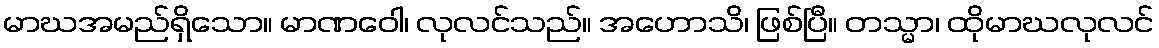
မာဃအမည်ရှိသော။ မာဏဝေါ၊ လုလင်သည်။ အဟောသိ၊ ဖြစ်ပြီ။ တသ္မာ၊ ထိုမာဃလုလင်